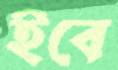
ইবে